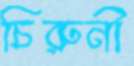
চিরুনী